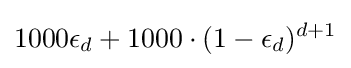
1000\epsilon _{d}+1000\cdot (1-\epsilon _{d})^{d+1}